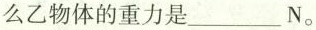
么乙物体的重力是_____N。